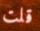
قلت